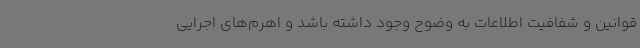
قوانین و شفافیت اطلاعات به وضوح وجود داشته باشد و اهرم‌های اجرایی